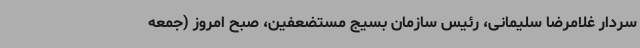
سردار غلامرضا سلیمانی، رئیس سازمان بسیج مستضعفین، صبح امروز (جمعه